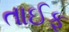
તાઈફ